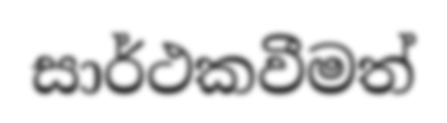
සාර්ථකවීමත්